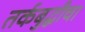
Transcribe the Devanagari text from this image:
तर्कबुद्धीचा